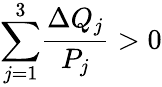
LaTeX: {\sum_{j=1}^{3}}\frac{\Delta Q_{j}}{P_{j}}>0